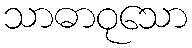
သာဓာဝုသော